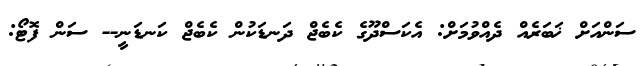
ސަންއަށް ޚަބަރެއް ދެއްވުމަށް: އެކަސްދޫގެ ކެބެޖް ދަނޑަކުން ކެބެޖް ކަނޑަނީ-- ސަން ފޮޓޯ: